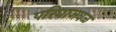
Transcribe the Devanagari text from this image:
परिघाजवळ